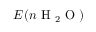
E ( n \mathrm { ~ H ~ } _ { 2 } \mathrm { ~ O ~ } )